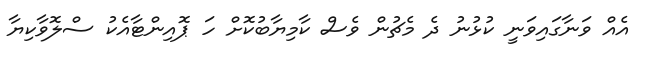
އެއް ވަނާގައިވަނީ ކުޅުނު ދެ މެޗުން ވެސް ކާމިޔާބުކޮށް ހަ ޕޮއިންޓާއެކު ސްލޮވާކިޔާ